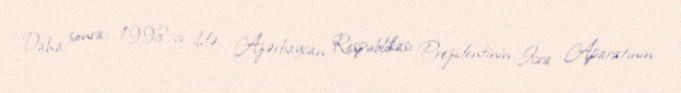
Daha sonra, 1998-ci ildə, Azərbaycan Respublikası Prezidentinin İcra Aparatının